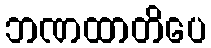
ဘဏထာတိပေ